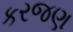
કરજણ